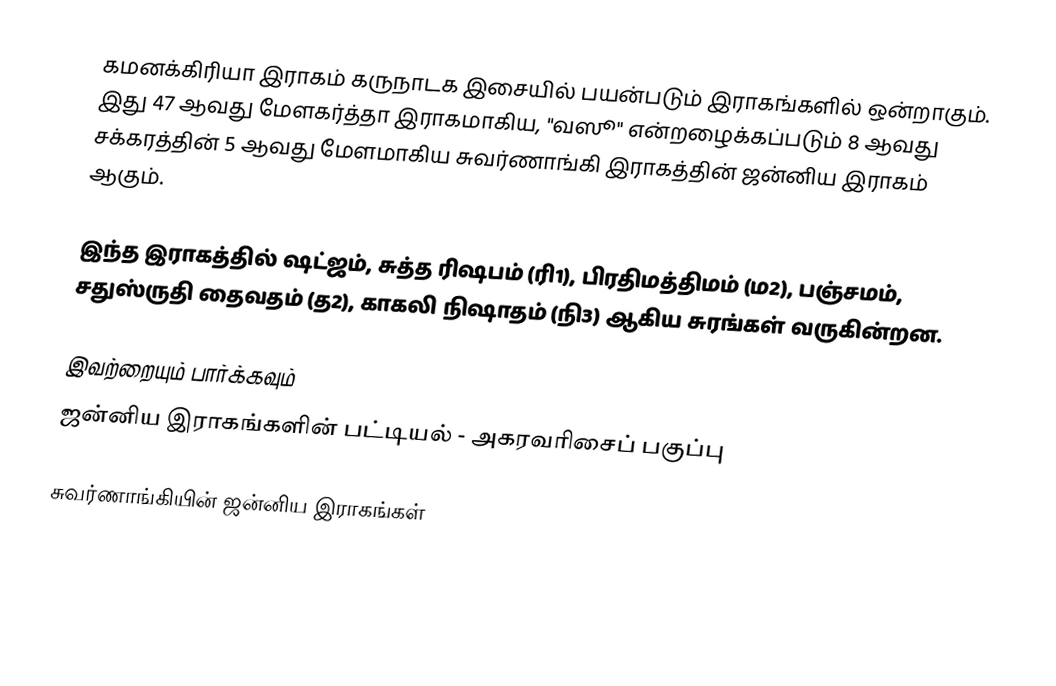
கமனக்கிரியா இராகம் கருநாடக இசையில் பயன்படும் இராகங்களில் ஒன்றாகும். இது 47 ஆவது மேளகர்த்தா இராகமாகிய, "வஸூ" என்றழைக்கப்படும் 8 ஆவது சக்கரத்தின் 5 ஆவது மேளமாகிய சுவர்ணாங்கி இராகத்தின் ஜன்னிய இராகம் ஆகும்.

இந்த இராகத்தில் ஷட்ஜம், சுத்த ரிஷபம் (ரி1), பிரதிமத்திமம் (ம2), பஞ்சமம், சதுஸ்ருதி தைவதம் (த2), காகலி நிஷாதம் (நி3) ஆகிய சுரங்கள் வருகின்றன.

இவற்றையும் பார்க்கவும்
 ஜன்னிய இராகங்களின் பட்டியல் - அகரவரிசைப் பகுப்பு

சுவர்ணாங்கியின் ஜன்னிய இராகங்கள்